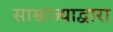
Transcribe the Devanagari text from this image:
साम्राज्याद्वारा